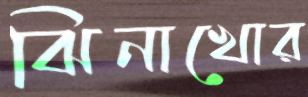
ঝিনাখোর